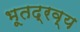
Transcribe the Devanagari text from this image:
भूतद्रव्य